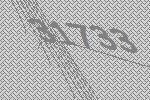
31733